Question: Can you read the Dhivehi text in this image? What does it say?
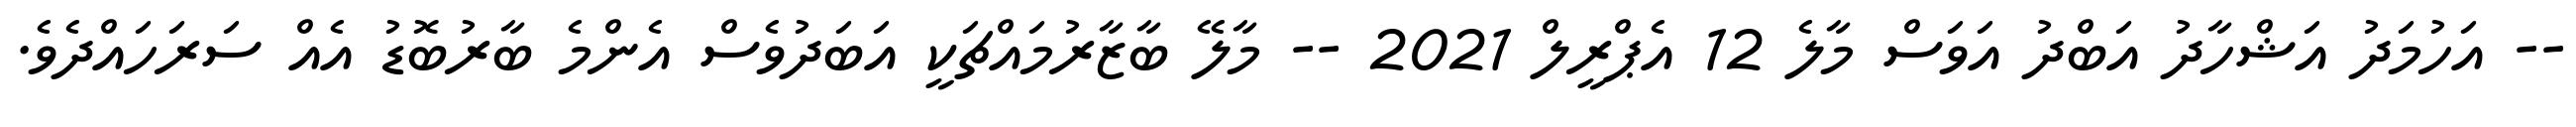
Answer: -- އަހުމަދު އަޝްހާދު އަބްދު އަވަސް މާލެ 12 އެޕްރީލް 2021 -- މާލޭ ބާޒާރުމައްޗަކީ އަބަދުވެސް އެންމެ ބާރުބޮޑު އެއް ސަރަހައްދެވެ.